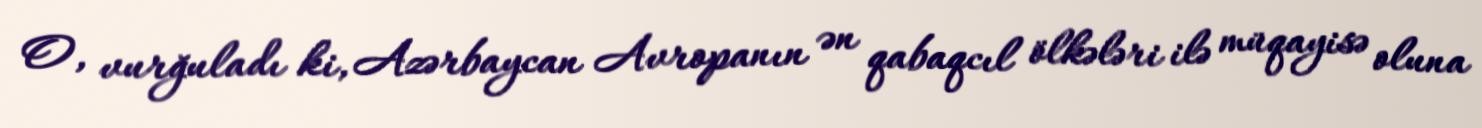
O, vurğuladı ki, Azərbaycan Avropanın ən qabaqcıl ölkələri ilə müqayisə oluna